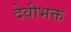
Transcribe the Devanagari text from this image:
देवीभक्त